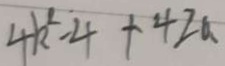
4 k ^ { 2 } - 4 + 4 2 a